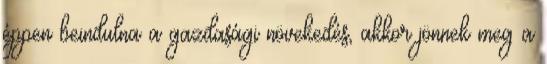
éppen beindulna a gazdasági növekedés, akkor jönnek meg a